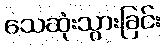
သေဆုံးသွားခြင်း